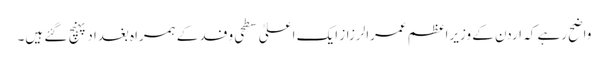
واضح رہے کہ اردن کے وزیراعظم عمرالرزاز ایک اعلیٰ سطحی وفد کے ہمراہ بغداد پہنچ گئے ہیں۔